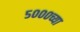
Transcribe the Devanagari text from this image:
५०००च्या